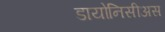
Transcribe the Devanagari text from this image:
डायोनिसीअस